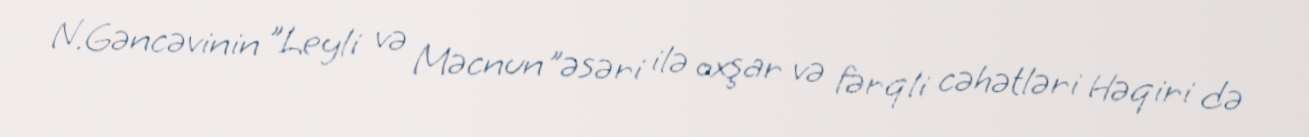
N.Gəncəvinin "Leyli və Məcnun"əsəri ilə oxşar və fərqli cəhətləri Həqiri də